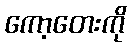
ကော့တေးကို